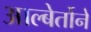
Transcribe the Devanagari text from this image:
आल्बेर्तोने